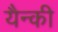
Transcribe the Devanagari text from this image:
यैन्की